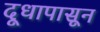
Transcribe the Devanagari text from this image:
दूधापासून